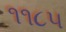
૧૧૮૫